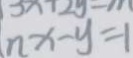
n x - y = 1